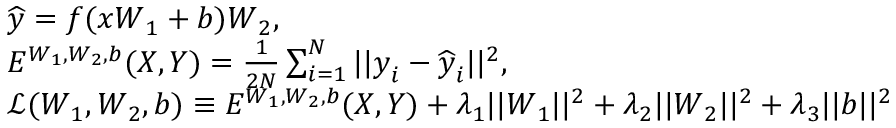
\begin{array} { r l } & { \widehat { \boldsymbol { y } } = f ( \boldsymbol { x } \boldsymbol { W } _ { 1 } + \boldsymbol { b } ) \boldsymbol { W } _ { 2 } , } \\ & { E ^ { \boldsymbol { W } _ { 1 } , \boldsymbol { W } _ { 2 } , \boldsymbol { b } } ( \boldsymbol { X } , \boldsymbol { Y } ) = \frac { 1 } { 2 N } \sum _ { i = 1 } ^ { N } | | \boldsymbol { y } _ { i } - \widehat { \boldsymbol { y } } _ { i } | | ^ { 2 } , } \\ & { \mathcal { L } ( \boldsymbol { W } _ { 1 } , \boldsymbol { W } _ { 2 } , \boldsymbol { b } ) \equiv E ^ { \boldsymbol { W } _ { 1 } , \boldsymbol { W } _ { 2 } , \boldsymbol { b } } ( \boldsymbol { X } , \boldsymbol { Y } ) + \lambda _ { 1 } | | \boldsymbol { W } _ { 1 } | | ^ { 2 } + \lambda _ { 2 } | | \boldsymbol { W } _ { 2 } | | ^ { 2 } + \lambda _ { 3 } | | \boldsymbol { b } | | ^ { 2 } } \end{array}